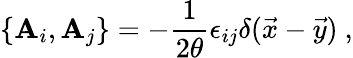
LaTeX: \{ \mathbf{A}_{i},\mathbf{A}_{j}\} =-{\frac{{1}}{{2\theta}}}\epsilon_{ij}\delta(\vec{{x}}-\vec{{y}})~,